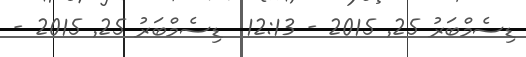
ޑިސެމްބަރު 25